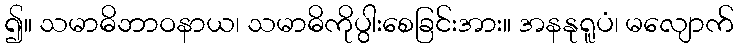
၍။ သမာဓိဘာဝနာယ၊ သမာဓိကိုပွါးစေခြင်းအား။ အနနုရူပံ၊ မလျောက်